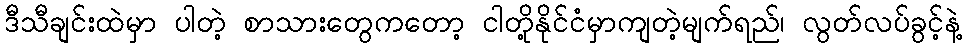
ဒီသီချင်းထဲမှာ ပါတဲ့ စာသားတွေကတော့ ငါတို့နိုင်ငံမှာကျတဲ့မျက်ရည်၊ လွတ်လပ်ခွင့်နဲ့